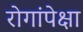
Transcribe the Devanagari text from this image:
रोगांपेक्षा